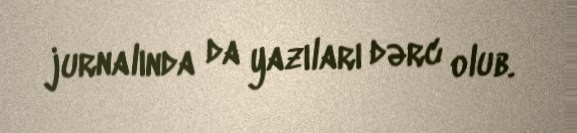
jurnalında da yazıları dərc olub.